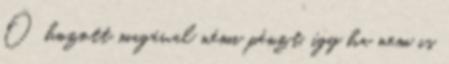
Ő hozott magával némi pénzt, így ha nem is